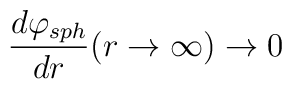
\frac{d\varphi_{sph}}{dr} (r\rightarrow \infty)\rightarrow 0